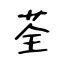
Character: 荃